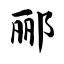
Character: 郦